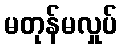
မတုန်မလှုပ်